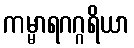
ကမ္မာရဂဂ္ဂရိယာ